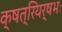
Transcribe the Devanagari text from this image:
क्षत्रियर्षभः